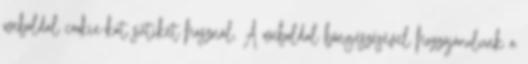
weboldal cookie-kat sütiket használ. A weboldal böngészésével hozzájárulunk a